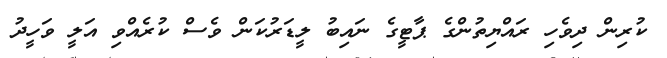
ކުރިން ދިވެހި ރައްޔިތުންގެ ޕާޓީގެ ނައިބު ލީޑަރުކަން ވެސް ކުރެއްވި އަލީ ވަހީދު